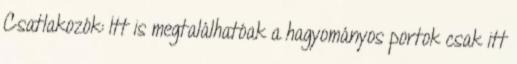
Csatlakozók: Itt is megtalálhatóak a hagyományos portok csak itt